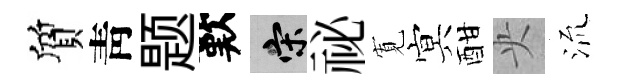
質靑题歎宋祕𡩖㝠酣央𣴑